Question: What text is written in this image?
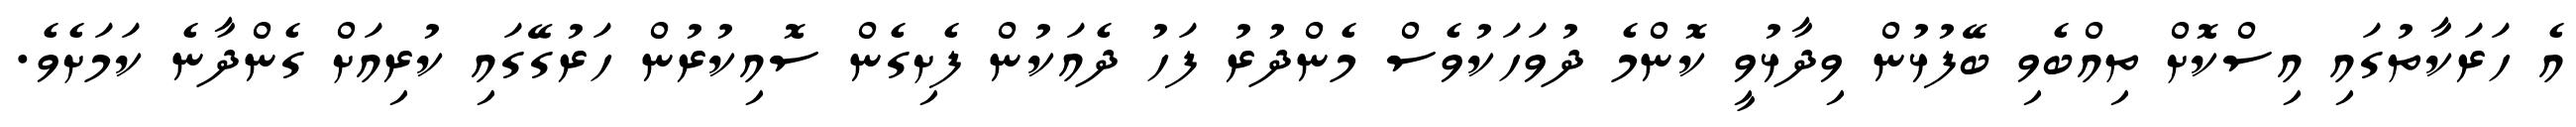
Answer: އެ ހަރަކާތުގައި އިސްކޮށް ތިއްބެވި ބޭފުޅުން ވިދާޅުވީ ކޮންމެ ދުވަހަކުވެސް މެންދުރު ފަހު ދެއަކުން ފެށިގެން ސޮއިކުރުން ހަރުގޭގައި ކުރިއަށް ގެންދާނެ ކަމަށެވެ.